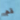
قم